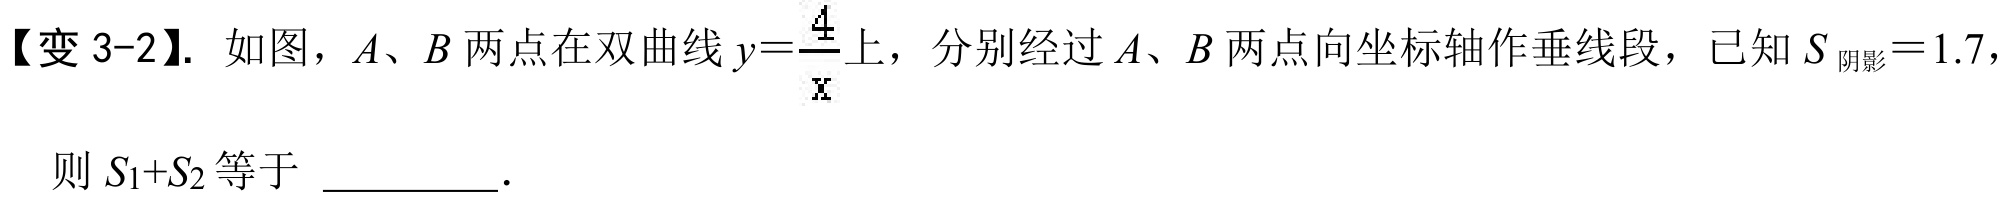
【变 3-2】. 如图，$A、B$两点在双曲线$y = \frac{4}{x}$上，分别经过$A、B$两点向坐标轴作垂线段，已知$S_{阴影}=1.7$，
则$S_{1}+S_{2}$等于 \_\_\_\_\_．